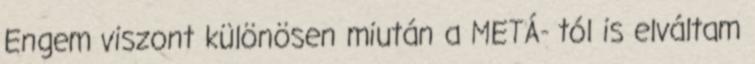
Engem viszont különösen miután a METÁ- tól is elváltam